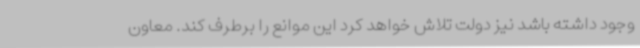
وجود داشته باشد نیز دولت تلاش خواهد کرد این موانع را برطرف کند. معاون